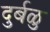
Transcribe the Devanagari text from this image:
दुर्बळु